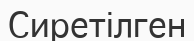
Сиретілген